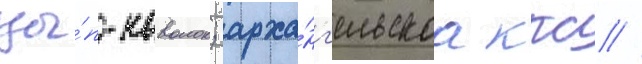
цы́п-наволок; арха́нг'ельскаа ккс /